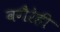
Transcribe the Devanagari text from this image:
वगैरेही